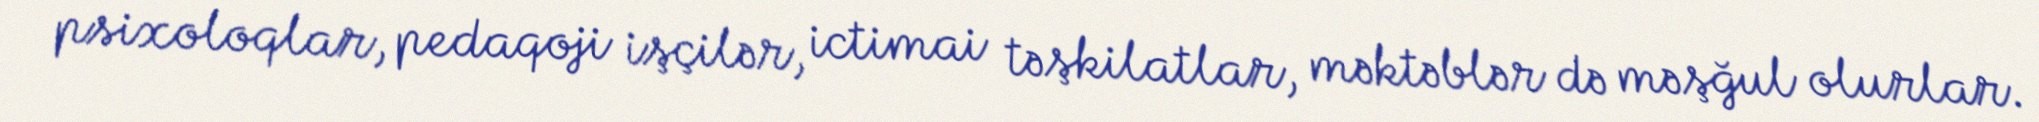
psixoloqlar, pedaqoji işçilər, ictimai təşkilatlar, məktəblər də məşğul olurlar.